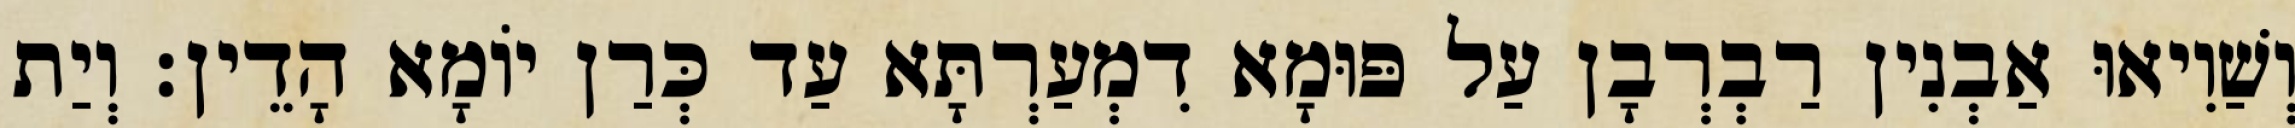
וְשַׁוִיאוּ אַבְנִין רַבְרְבָן עַל פּוּמָא דִמְעַרְתָּא עַד כְּרַן יוֹמָא הָדֵין׃ וְיַת